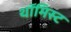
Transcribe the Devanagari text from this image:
थॉमिस्ट